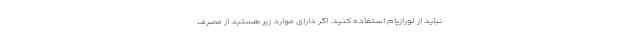
نباید از لورازپام استفاده کنید. اگر دارای موارد زیر هستید از مصرف